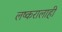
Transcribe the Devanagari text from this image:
लष्करालाही